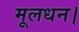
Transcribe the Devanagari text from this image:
मूलधन।